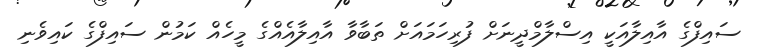
ސައިފްގެ އާއިލާއަކީ އިސްލާމްދީނަށް ފުރިހަމައަށް ތަބާވާ އާއިލާއެއްގެ މީހެއް ކަމުން ސައިފްގެ ކައިވެނި